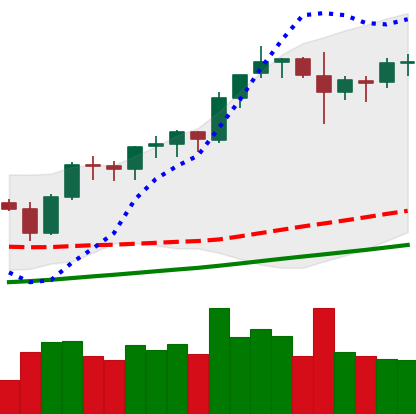
Ticker: BNB-USD
Chart end date: 2021-11-14
Forward return: -10.66%
Label: down_7plus